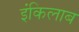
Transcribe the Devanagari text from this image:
इंकिलाब